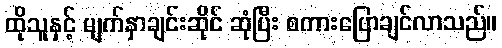
ထိုသူနှင့် မျက်နှာချင်းဆိုင် ဆုံပြီး စကားပြောချင်လာသည်။